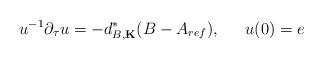
LaTeX: \begin{align*}u^{-1} \partial_\tau u = - d_{B, {\bf K}}^* (B - A_{ref} ), \indent u(0) = e\end{align*}